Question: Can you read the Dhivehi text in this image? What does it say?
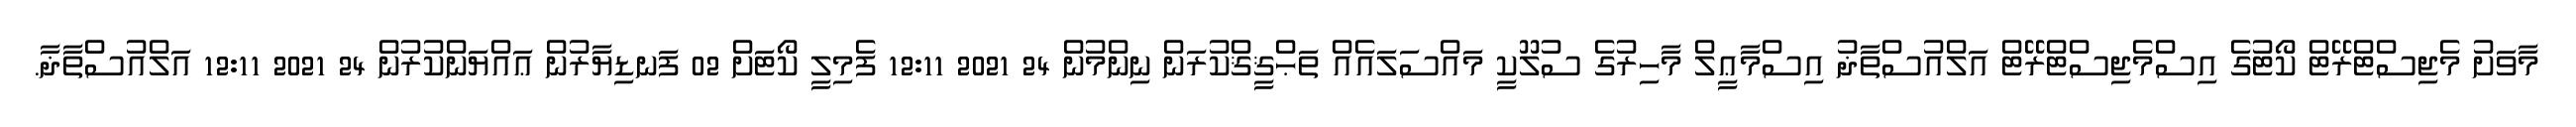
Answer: މާވަށު މެޖިސްޓްރޭޓް ކޯޓުގެ އިސްމެޖިސްޓްރޭޓް އަލްއުސްތާޛު އިސްމާޢީލް މާހިރުގެ ސުލޫކީ މައްސަލައެއް ތަޙްޤީޤްކުރަން ނިންމުން 24 2021 12:11 ފެމިލީ ކޯޓަށް 02 ފަނޑިޔާރުން ޢައްޔަންކުރުން 24 2021 12:11 އަލްއުސްތާޛާ.